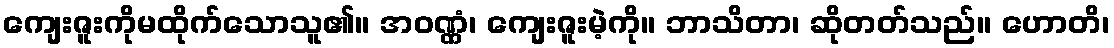
ကျေးဇူးကိုမထိုက်သောသူ၏။ အဝဏ္ဏံ၊ ကျေးဇူးမဲ့ကို။ ဘာသိတာ၊ ဆိုတတ်သည်။ ဟောတိ၊